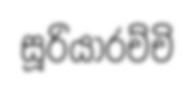
සූරියාරච්චි